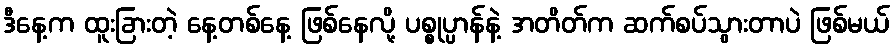
ဒီနေ့က ထူးခြားတဲ့ နေ့တစ်နေ့ ဖြစ်နေလို့ ပစ္စုပ္ပာန်နဲ့ အတိတ်က ဆက်စပ်သွားတာပဲ ဖြစ်မယ်